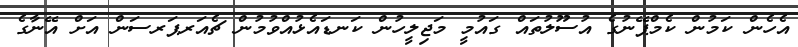
އެހެން ކަމުން ކެމްޕޭނުގެ އުސޫލުތައް ގައުމީ މަޖިލީހުން ކަނޑައެޅުއްވުމުން ޗެއަރޕަރސަން އަށް އޭނާގެ